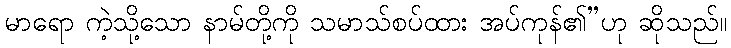
မာရော ကဲ့သို့သော နာမ်တို့ကို သမာသ်စပ်ထား အပ်ကုန်၏”ဟု ဆိုသည်။